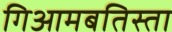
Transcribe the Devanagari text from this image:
गिआमबतिस्ता